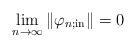
LaTeX: \begin{align*} &\lim\limits_{n\rightarrow\infty}\|\varphi_{n;\mathrm{in}}\|=0\\\end{align*}